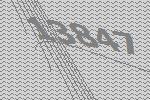
13847